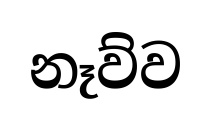
නෑව්ව